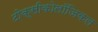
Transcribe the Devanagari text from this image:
टोक्सीकोलॉजिकल